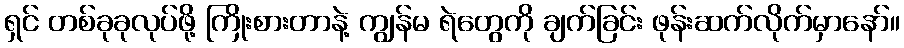
ရှင် တစ်ခုခုလုပ်ဖို့ ကြိုးစားတာနဲ့ ကျွန်မ ရဲတွေကို ချက်ခြင်း ဖုန်းဆက်လိုက်မှာနော်။